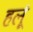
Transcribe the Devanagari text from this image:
हलूं